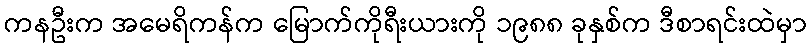
ကနဦးက အမေရိကန်က မြောက်ကိုရီးယားကို ၁၉၈၈ ခုနှစ်က ဒီစာရင်းထဲမှာ